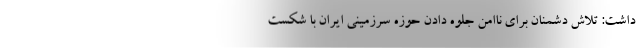
داشت: تلاش دشمنان برای ناامن جلوه دادن حوزه سرزمینی ایران با شکست